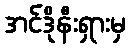
အင်ဒိုနီးရှားမှ